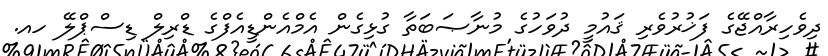
ދިވެހިރާއްޖޭގެ ފަޚުރުވެރި ޤައުމީ ދުވަހުގެ މުނާޞަބަތާ ގުޅިގެން އެމްއެންޑީއެފްގެ ޑްރިލް ޑިސްޕްލޭ ހއ.